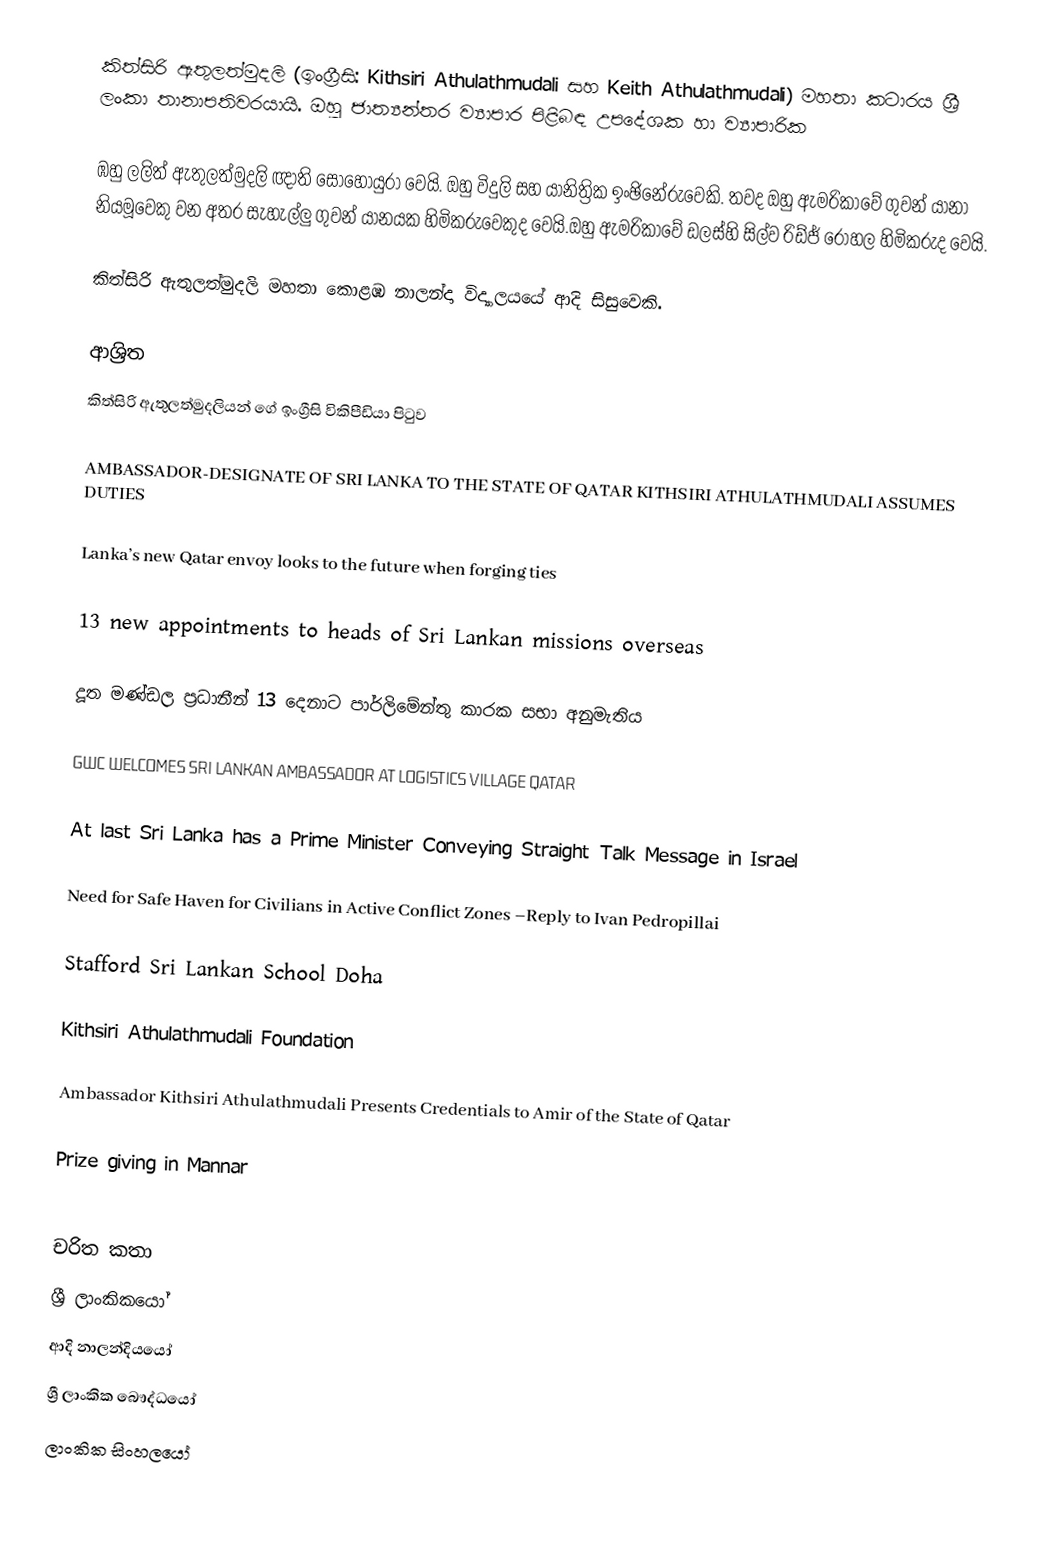
කිත්සිරි ඇතුලත්මුදලි (ඉංග්‍රීසි: Kithsiri Athulathmudali සහ Keith Athulathmudali) මහතා කටාරය ශ්‍රී ලංකා තානාපතිවරයායි. ඔහු ජාත්‍යන්තර ව්‍යාපාර පිළිබඳ උපදේශක හා ව්‍යාපාරික

ඹහු ලලිත් ඇතුලත්මුදලි ඥාති සොහොයුරා වෙයි. ඔහු විදුලි සහ යානිත්‍රික ඉංඡිනේරුවෙකි. තවද ඔහු ඇමරිකාවේ ගුවන් යානා නියමූවෙකු වන අතර සැහැල්ලු ගුවන් යානයක හිමිකරුවෙකුද වෙයි.ඔහු ඇමරිකාවේ ඩලස්හි සිල්ව රිඩ්ජ් රෝහල හිමිකරුද වෙයි.

කිත්සිරි ඇතුලත්මුදලි මහතා කොළඹ නාලන්දා විද්‍යාලයයේ ආදි සිසුවෙකි.

ආශ්‍රිත
  කිත්සිරි ඇතුලත්මුදලියන් ගේ ඉංග්‍රීසි විකිපීඩියා පිටුව

 AMBASSADOR-DESIGNATE OF SRI LANKA TO THE STATE OF QATAR KITHSIRI ATHULATHMUDALI ASSUMES DUTIES

 Lanka’s new Qatar envoy looks to the future when forging ties

 13 new appointments to heads of Sri Lankan missions overseas

 දූත මණ්ඩල ප්‍රධානීන් 13 දෙනාට පාර්ලිමේන්තු කාරක සභා අනුමැතිය

 GWC WELCOMES SRI LANKAN AMBASSADOR AT LOGISTICS VILLAGE QATAR

 At last Sri Lanka has a Prime Minister Conveying Straight Talk Message in Israel

 Need for Safe Haven for Civilians in Active Conflict Zones –Reply to Ivan Pedropillai

 Stafford Sri Lankan School Doha

 Kithsiri Athulathmudali Foundation

 Ambassador Kithsiri Athulathmudali Presents Credentials to Amir of the State of Qatar

 Prize giving in Mannar

චරිත කතා
ශ්‍රී ලාංකිකයෝ
ආදි නාලන්දියයෝ
ශ්‍රී ලාංකික බෞද්ධයෝ
ලාංකික සිංහලයෝ